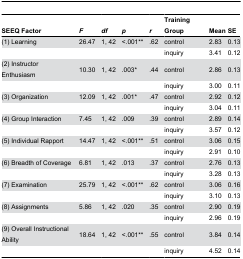
<table><thead><tr><td><b>SEEQ Factor</b></td><td><b><i>F</i></b></td><td><b><i>df</i></b></td><td><b><i>p</i></b></td><td><b><i>r</i></b></td><td><b>Training Group</b></td><td><b>Mean</b></td><td><b>SE</b></td></tr></thead><tbody><tr><td>(1) Learning </td><td>26.47</td><td>1, 42</td><td>&lt;.001**</td><td>.62</td><td>control</td><td>2.83</td><td>0.13</td></tr><tr><td>[EMPTY_CELL]</td><td>[EMPTY_CELL]</td><td>[EMPTY_CELL]</td><td>[EMPTY_CELL]</td><td>[EMPTY_CELL]</td><td>inquiry</td><td>3.41</td><td>0.12</td></tr><tr><td>(2) Instructor Enthusiasm </td><td>10.30</td><td>1, 42</td><td>.003*</td><td>.44</td><td>control</td><td>2.86</td><td>0.13</td></tr><tr><td>[EMPTY_CELL]</td><td>[EMPTY_CELL]</td><td>[EMPTY_CELL]</td><td>[EMPTY_CELL]</td><td>[EMPTY_CELL]</td><td>inquiry</td><td>3.00</td><td>0.11</td></tr><tr><td>(3) Organization </td><td>12.09</td><td>1, 42</td><td>.001*</td><td>.47</td><td>control</td><td>2.92</td><td>0.12</td></tr><tr><td>[EMPTY_CELL]</td><td>[EMPTY_CELL]</td><td>[EMPTY_CELL]</td><td>[EMPTY_CELL]</td><td>[EMPTY_CELL]</td><td>inquiry</td><td>3.04</td><td>0.11</td></tr><tr><td>(4) Group Interaction</td><td>7.45</td><td>1, 42</td><td>.009</td><td>.39</td><td>control</td><td>2.89</td><td>0.14</td></tr><tr><td>[EMPTY_CELL]</td><td>[EMPTY_CELL]</td><td>[EMPTY_CELL]</td><td>[EMPTY_CELL]</td><td>[EMPTY_CELL]</td><td>inquiry</td><td>3.57</td><td>0.12</td></tr><tr><td>(5) Individual Rapport </td><td>14.47</td><td>1, 42</td><td>&lt;.001**</td><td>.51</td><td>control</td><td>3.06</td><td>0.15</td></tr><tr><td>[EMPTY_CELL]</td><td>[EMPTY_CELL]</td><td>[EMPTY_CELL]</td><td>[EMPTY_CELL]</td><td>[EMPTY_CELL]</td><td>inquiry</td><td>2.91</td><td>0.10</td></tr><tr><td>(6) Breadth of Coverage </td><td>6.81</td><td>1, 42</td><td>.013</td><td>.37</td><td>control</td><td>2.76</td><td>0.13</td></tr><tr><td>[EMPTY_CELL]</td><td>[EMPTY_CELL]</td><td>[EMPTY_CELL]</td><td>[EMPTY_CELL]</td><td>[EMPTY_CELL]</td><td>inquiry</td><td>3.28</td><td>0.13</td></tr><tr><td>(7) Examination </td><td>25.79</td><td>1, 42</td><td>&lt;.001**</td><td>.62</td><td>control</td><td>3.06</td><td>0.16</td></tr><tr><td>[EMPTY_CELL]</td><td>[EMPTY_CELL]</td><td>[EMPTY_CELL]</td><td>[EMPTY_CELL]</td><td>[EMPTY_CELL]</td><td>inquiry</td><td>3.10</td><td>0.13</td></tr><tr><td>(8) Assignments </td><td>5.86</td><td>1, 42</td><td>.020</td><td>.35</td><td>control</td><td>2.90</td><td>0.19</td></tr><tr><td>[EMPTY_CELL]</td><td>[EMPTY_CELL]</td><td>[EMPTY_CELL]</td><td>[EMPTY_CELL]</td><td>[EMPTY_CELL]</td><td>inquiry</td><td>2.96</td><td>0.19</td></tr><tr><td>(9) Overall Instructional Ability</td><td>18.64</td><td>1, 42</td><td>&lt;.001**</td><td>.55</td><td>control</td><td>3.84</td><td>0.14</td></tr><tr><td>[EMPTY_CELL]</td><td>[EMPTY_CELL]</td><td>[EMPTY_CELL]</td><td>[EMPTY_CELL]</td><td>[EMPTY_CELL]</td><td>inquiry</td><td>4.52</td><td>0.14</td></tr></tbody></table>